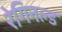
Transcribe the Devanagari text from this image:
रेगिनल्ड